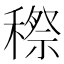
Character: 穄